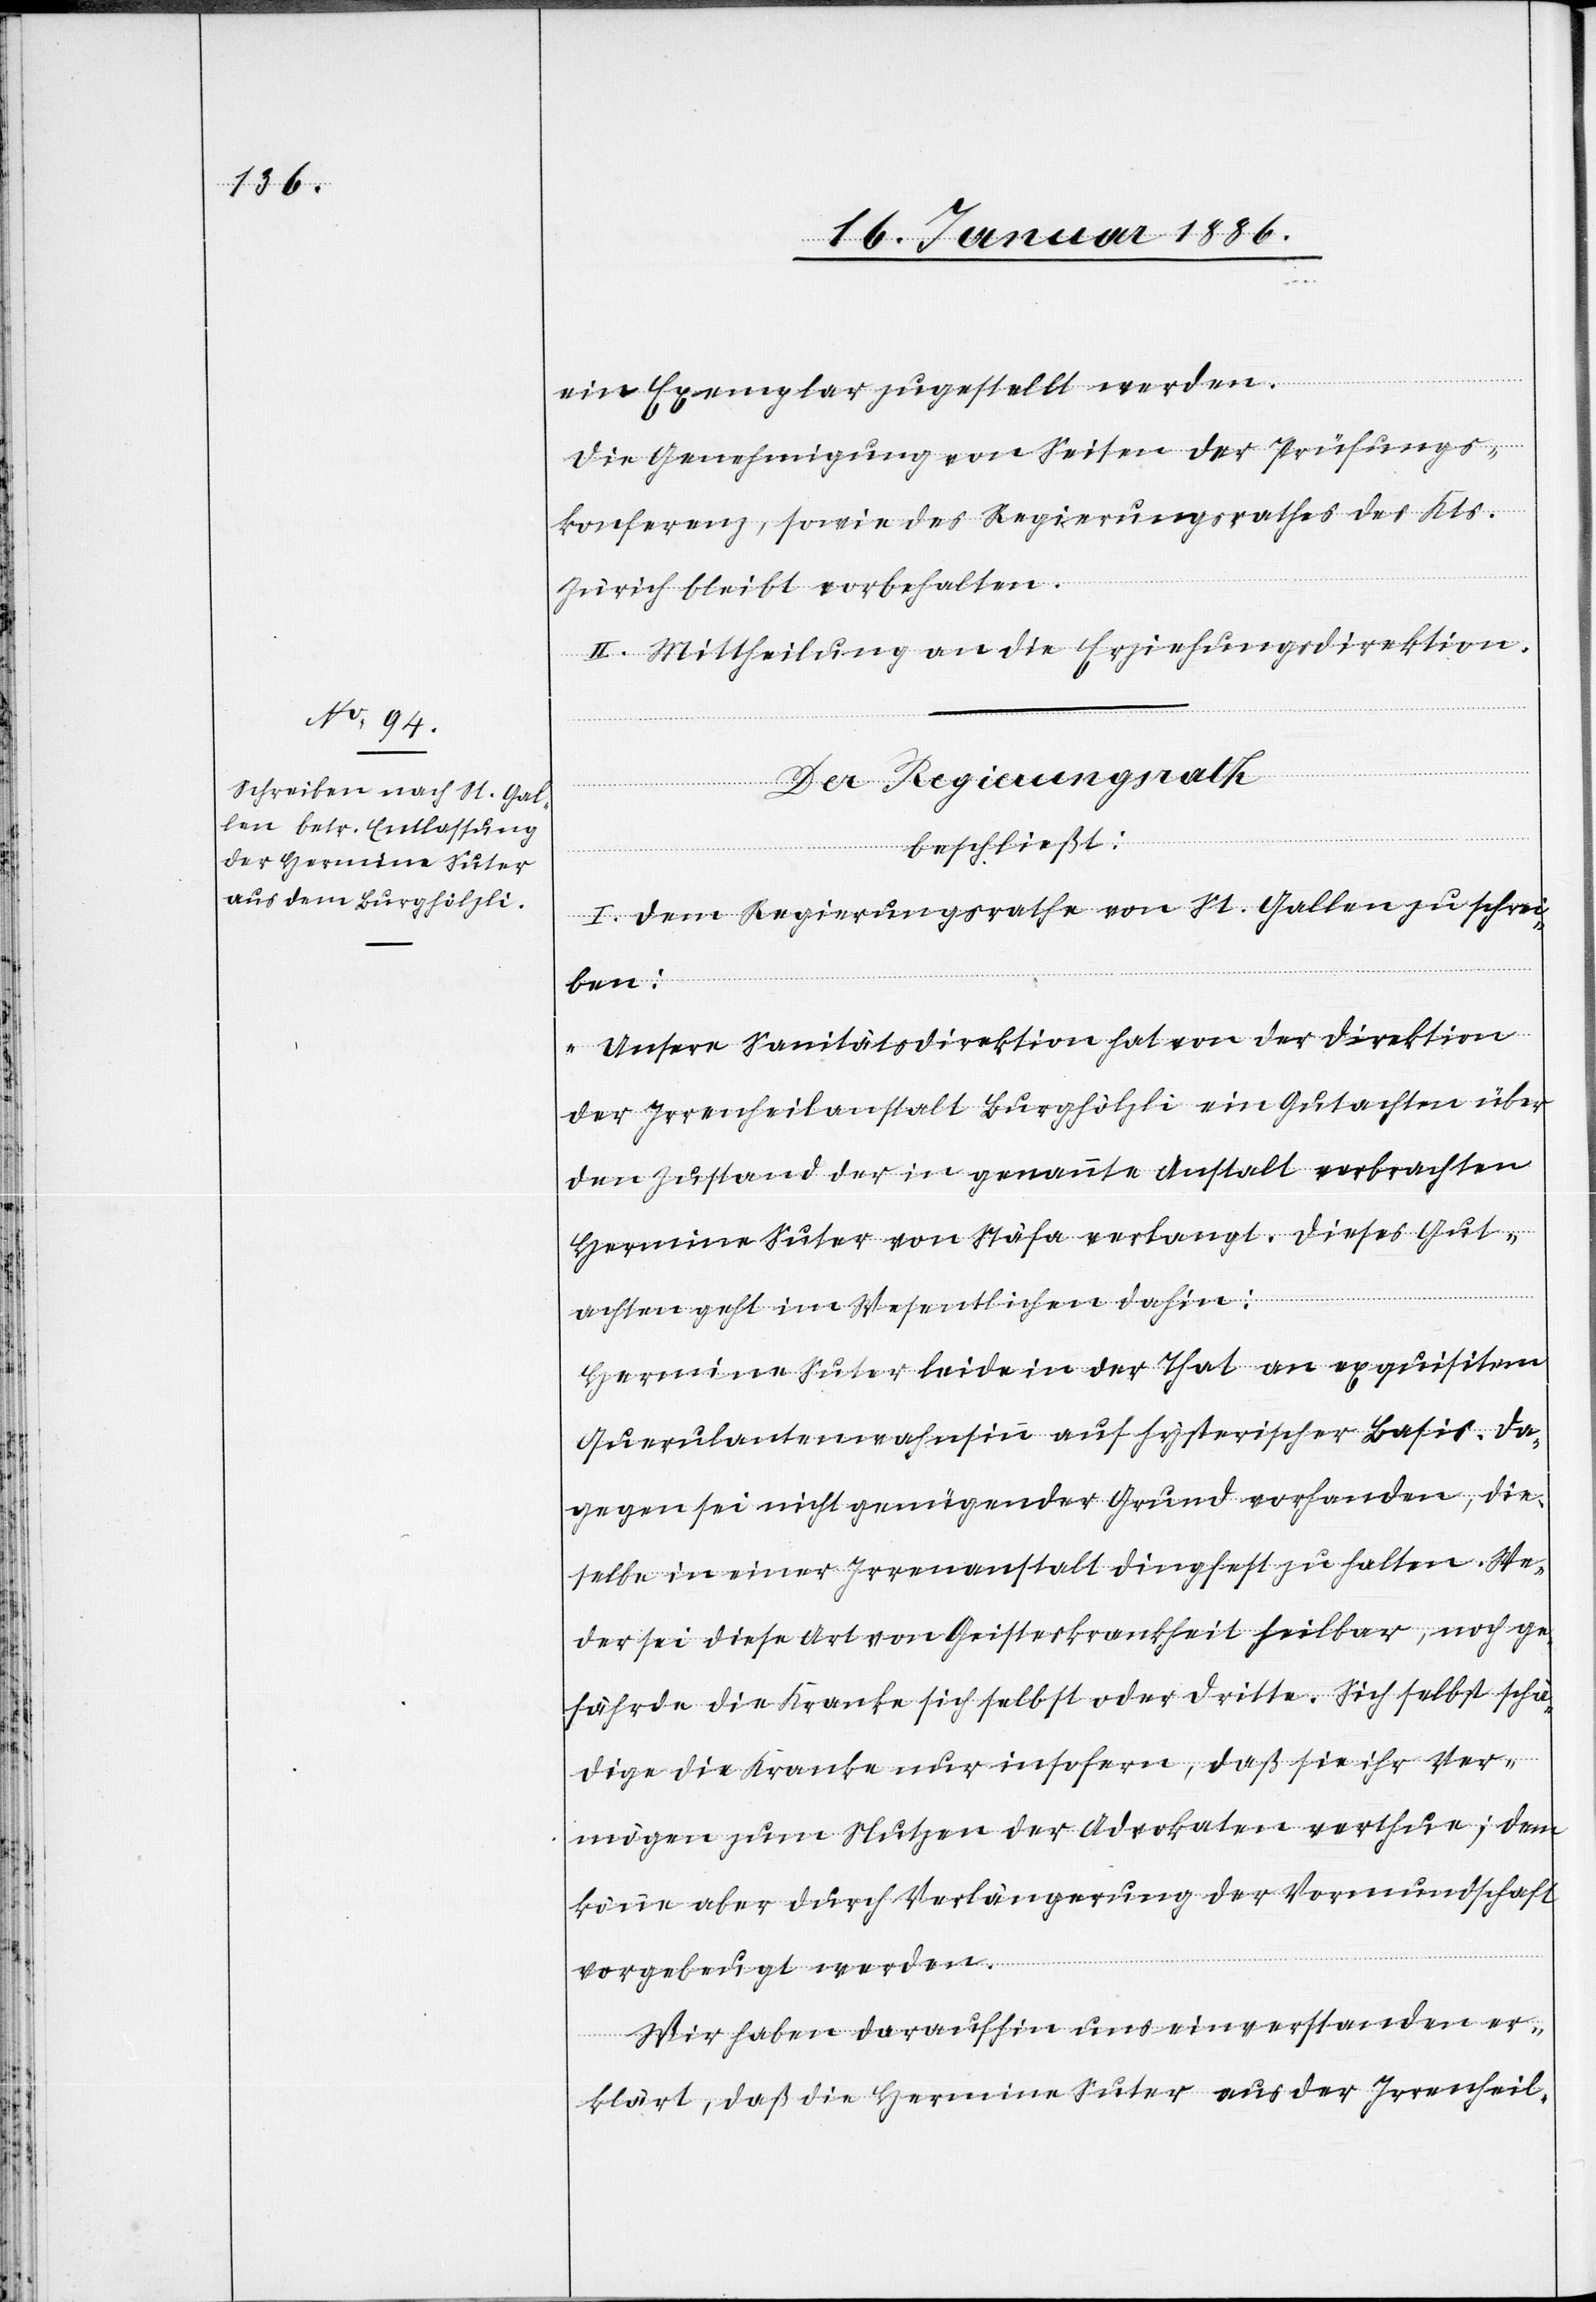
ein Exemplar zugestellt werden.
Die Genehmigung von Seiten der Prüfungs¬
konferenz, sowie des Regierungsrathes des Kts.
Zürich bleibt vorbehalten.
II. Mittheilung an die Erziehungsdirektion.
Der Regierungsrath
beschließt:
I. Dem Regierungsrathe von St. Gallen zu schrei¬
ben:
„Unsere Sanitätsdirektion hat von der Direktion
der Irrenheilanstalt Burghölzli ein Gutachten über
den Zustand der in genannter Anstalt verbrachten
Hermine Suter von Stäfa verlangt. Dieses Gut¬
achten geht im Wesentlichen dahin:
Hermine Suter leide in der That an exquisiten
Querulantenwahnsinn auf hysterischer Basis. Da¬
gegen sei nicht genügender Grund vorhanden, die¬
selbe in einer Irrenanstalt dingfest zu halten. We¬
der sei diese Art von Geisteskrankheit heilbar, noch ge¬
fährde die Kranke sich selbst oder dritte. Sich selbst schä¬
dige die Kranke nur insofern, daß sie ihr Ver¬
mögen zum Nutzen der Advokaten verthue; dem
könne aber durch Verlängerung der Vormundschaft
vorgebeugt werden.
Wir haben daraufhin uns einverstanden er¬
klärt, daß die Hermine Suter aus der Irrenheil-